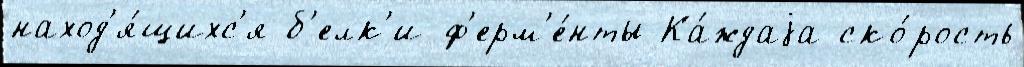
наход'я́щихс'я б'елк'и-ф'ерм'е́нты Ка́ждаjа ско́рость